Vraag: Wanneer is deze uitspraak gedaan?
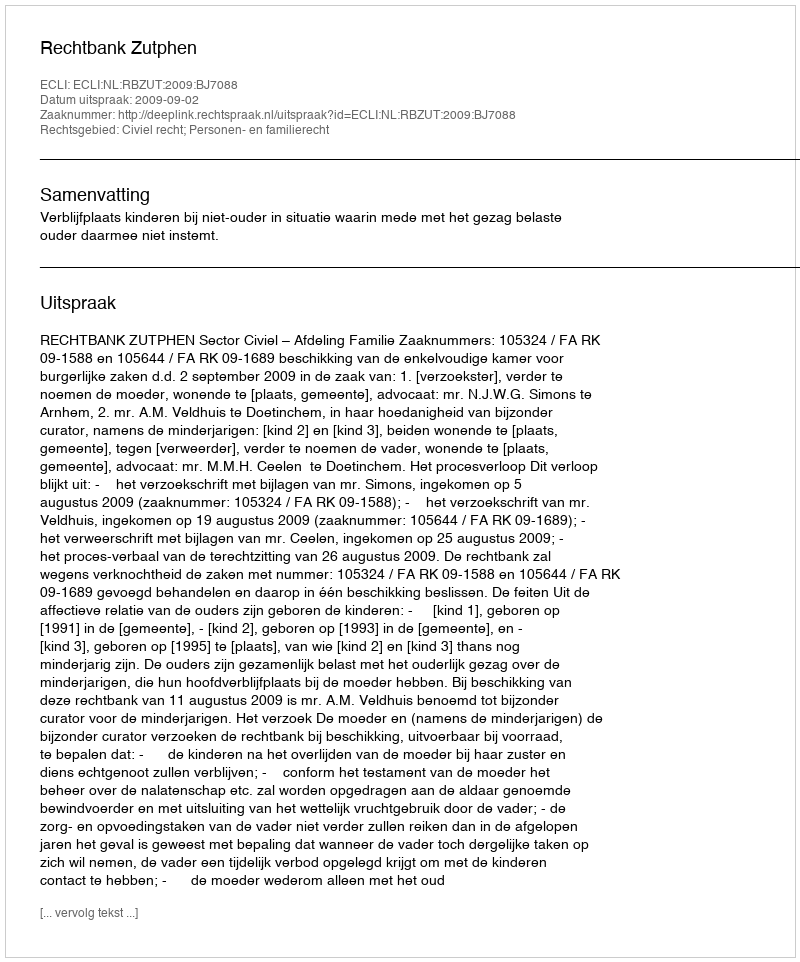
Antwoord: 2009-09-02